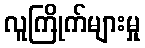
လူကြိုက်များမှု